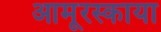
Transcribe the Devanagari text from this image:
आमूरस्काया